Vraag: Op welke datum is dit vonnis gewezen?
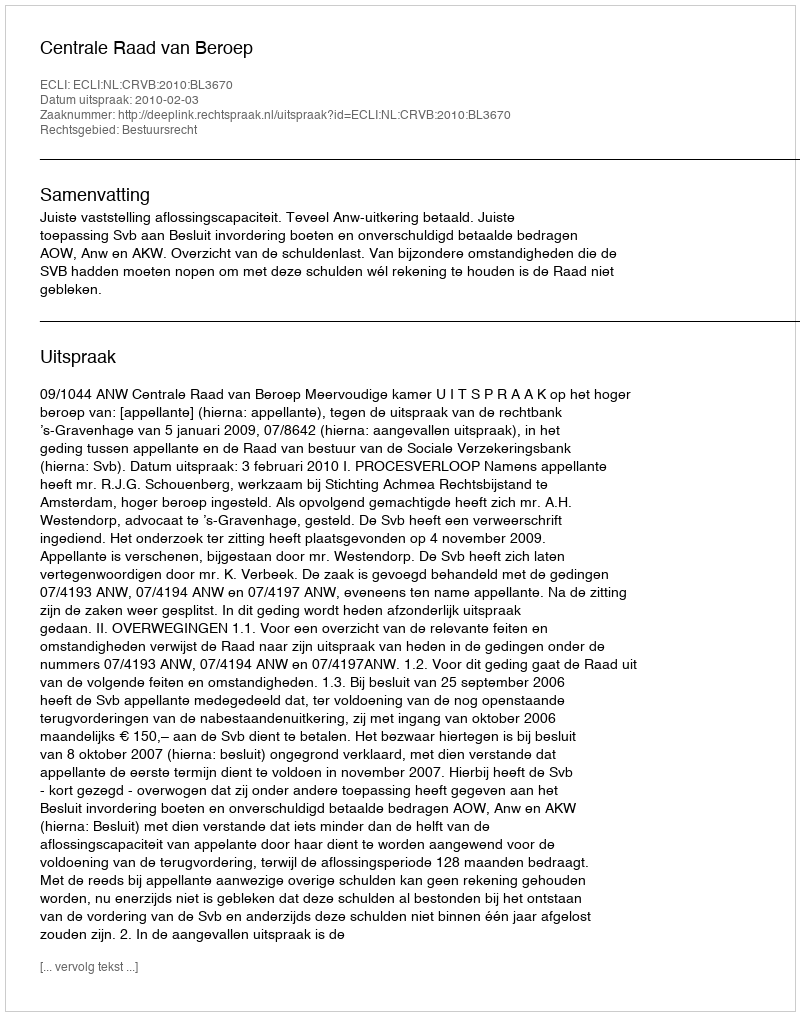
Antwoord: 2010-02-03